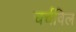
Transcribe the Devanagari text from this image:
चर्चविल